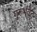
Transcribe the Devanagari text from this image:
गुरूर्भवेत्